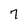
Character: 7